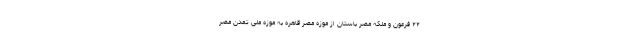
۲۲ فرعون و ملکه مصر باستان از موزه مصر قاهره به موزه ملی تمدن مصر